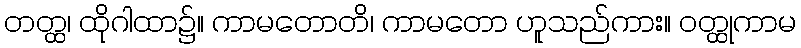
တတ္ထ၊ ထိုဂါထာ၌။ ကာမတောတိ၊ ကာမတော ဟူသည်ကား။ ဝတ္ထုကာမ